Calcutta medical institutions reports 1892-1900
Year: 1892
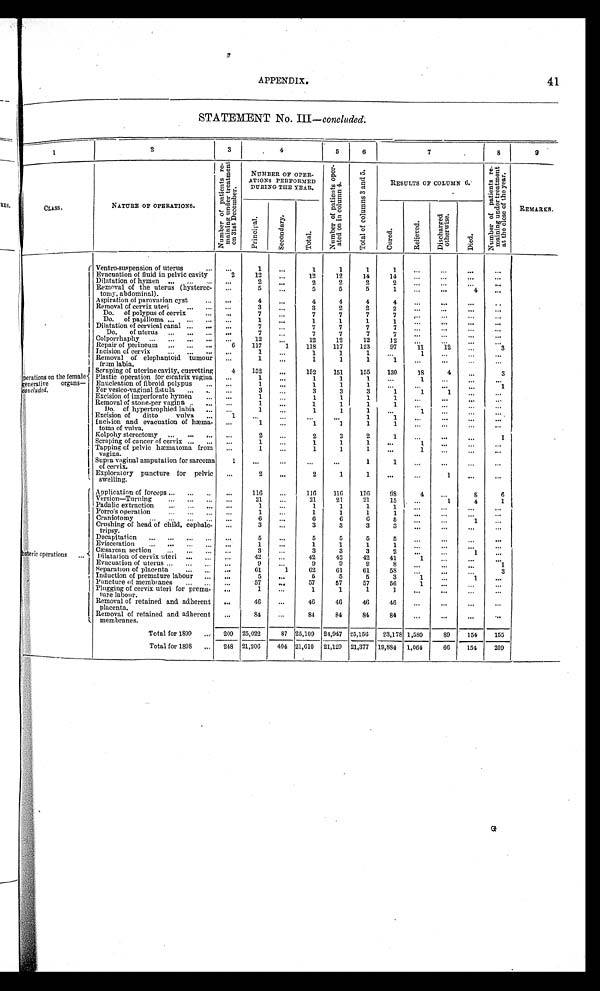
APPENDIX.
41
STATEMENT No. III —concluded.
1
2
3
4
5
6
7
8
9
CLASS .
NATURE OF OPERATIONS.
N u m b e r o f p a t i e n t s r e - m a i n i n g u n d e r t r e a t m e n t o n 3 1 s t D e c e m b e r .
NUMBER OF OPER-
ATIONS PERFORMED
DURING THE YEAR.
N u m b e r o f p a t i e n t s o p e r - a t e d o n i n c o l u m n 4 .
T o t a l o f c o l u m n s 3 a n d 5 .
RESULTS OF COLUMN 6
.
N u m b e r o f p a t i e n t s r e - m a i n i n g u n d e r t r e a t m e n t a t t h e c l o s e o f t h e y e a r .
REMARKS.
P r i n c i p a l .
S e c o n d a r y .
T o t a l
C u r e d .
R e l i e v e d .
D i s c h a r g e d o t h e r w i s e .
D i e d .
Operations on the female
generative organs—
Concluded.
Ventro-suspension of uterus
. . .
1
...
1
1
1
1
. . .
. . .
. . .
. . .
Evacuation of fluid in pelvic cavity
2
12
. . .
12
12
14
14
. . .
. . .
. . .
. . .
Dilatation of hymen
. . .
2
...
2
2
2
2
. . .
. . .
. . .
. . .
Removal of the uterus (hysterec-
tomy, abdominal).
. . .
5
...
5
5
5
1
. . .
. . .
4
. . .
Aspiration of parovarian cyst
. . .
4
. . .
4
4
4
4
. . .
. . .
. . .
. . .
Removal of cervix uteri
. . .
3
. . .
3
2
2
2
. . .
. . .
. . .
. . .
Do. of polypus of cervix
. . .
7
...
7
7
7
7
. . .
. . .
. . .
. . .
Do. of papilloma
...
1
...
1
1
1
1
. . .
. . .
. . .
. . .
Dilatation of cervical canal
. . .
7
7
7
7
7
. . .
. . .
. . .
Do. of uterus
...
7
...
7
7
7
7
...
...
. . .
. . .
Colporrhaphy
...
12
. . .
12
12
12
12
. . .
..
Repair of perineum
6
117
1
118
117
1 2 3
97
11
12
3
Incision of cervix
1
...
1
1
1
...
1
...
. . .
. . .
Removal of elephantoid tumour
from labia.
...
1
...
1
1
1
1
...
. . .
. . .
. . .
Scraping of uterine cavity, curretting
4
152
...
152
151
155
130
18
4
. . .
3
Plastic operation for cicatrix vagina
...
1
...
1
1
1
...
1
...
. . .
. . .
Enucleation of fibroid polypus
...
1
...
1
1
1
. . .
. . . .
. . .
I
For vesico-vaginal fistula
. . .
3
...
3
3
3
1
1
1
. . .
. . .
Excision of imperforate hymen
...
1
1
1
1
1
...
...
Removal of stone-per vagina
1
...
1
1
1
1
...
...
Do. of hypertrophied labia
. . .
1
...
1
1
1
...
1
Excision of ditto
vulva
1
...
. . .
...
1
1
...
...
. . .
. . .
Incision and evacuation of hæma-
toma of vulva.
1
...
1
1
1
1
...
Kolpohy sterectomy
...
2
...
2
2
2
1
...
...
...
Scraping of cancer of cervix
1
...
1
1
1
...
1
. . .
. . .
Tapping of pelvic hæmatoma from
vagina.
. . .
1
. . .
1
1
1
...
1
. . .
. . .
Supra vaginal amputation for sarcoma
of cervix.
1
. . .
...
...
...
1
1
. . .
. . .
. . .
. . .
Exploratory puncture for pelvic
swelling.
. . .
2
. . .
2
1
1
...
. . .
1
. . .
. . .
bsteric operations
Application of forceps
...
116
...
116
116
116
9 8
4
. . .
8
6
Version—Turning
...
21
...
21
21
21
15
. . .
1
4
1
Padalic extraction
. . .
1
...
1
1
1
1
. . .
. . .
Porro's operation
...
1
1
1
1
1
. . .
...
. . .
...
Craniotomy
...
6
...
6
6
6
5
...
...
1
. . .
Crushing of head of child, cephalo-
tripsy.
...
3
...
3
3
3
3
. . .
. . .
. . .
. . .
Decapitation
...
5
...
5
5
5
5
. . .
. . .
. . .
. . .
Evisceration
...
1
. . .
1
1
1
1
. . .
. . .
Cæsarean section
...
3
3
3
3
2
...
1
..,
Dilatation of cervix uteri
. . .
42
...
42
42
42
41
1
. . .
. . .
. . .
Evacuation of uterus
...
9
...
9
9
9
8
. . .
...
...
1
Separation of placenta
. . .
61
1
62
61
61
58
...
. . .
3
Induction of premature labour
...
5
...
5
5
5
3
1
. . .
1
...
Puncture of membranes
...
57
...
57
57
57
56
1
. . .
. . .
. . .
Plugging of cervix uteri for prema-
ture labour.
...
1
...
1
1
1
1
. . .
. . .
. . .
...
Removal of retained and adherent
placenta.
...
46
. . .
46
46
46
46
. . .
. . .
. . .
...
Removal of retained and adherent
membranes.
. . .
84
...
84
84
84
84
. . .
. . .
. . .
. . .
Total for 1899
209
25,022
87 25,109 24,947 25,156
23,178 1,590
89
154
155
Total for 1898
248
21,206
404 21,610 21,129 21,377 19,884 1,064
66
154
209